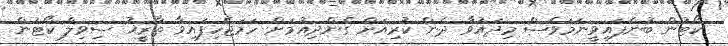
ކޯޓުން ބުނެފައިވީނަމަވެސް މިދައުވާ ދެން ކުރިއަށް ގެންދިއުމަށް ހަމަޖެހިފައިވާ ތާރީޚު ސިވިލް ކޯޓުން